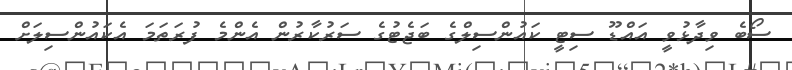
ސޯބެ ވިދާޅުވީ އައްޑޫ ސިޓީ ކައުންސިލްގެ ބަޖެޓުގެ ސަރުކާރުން އެންމެ ފުރަތަމަ އެކައުންސިލަށް